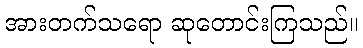
အားတက်သရော ဆုတောင်းကြသည်။